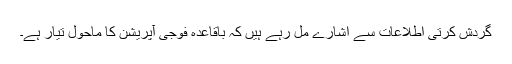
گردش کرتی اطلاعات سے اشارے مل رہے ہیں کہ باقاعدہ فوجی آپریشن کا ماحول تیار ہے۔